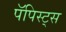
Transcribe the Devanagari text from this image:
पॅपिस्ट्स